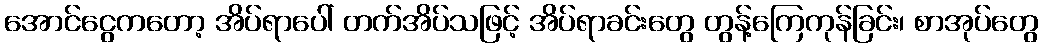
အောင်ငွေကတော့ အိပ်ရာပေါ် တက်အိပ်သဖြင့် အိပ်ရာခင်းတွေ တွန့်ကြေကုန်ခြင်း၊ စာအုပ်တွေ